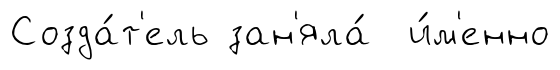
Созда́т'ель зан'яла́ и́м'енно